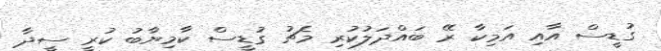
ގުޑީސް އާއި އަމިކާ ރޭ ބައްދަލުކުރި މެޗު ގުޑީސް ކާމިޔާބު ކުރީ ސީދާ